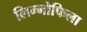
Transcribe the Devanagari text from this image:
लिम्नोफिला